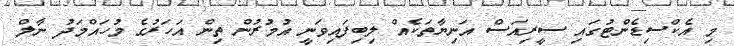
މި އެކްސިޑެންޓުގައި ސީރިއަސް އަނިޔާތަކެއް ލިބިފައިވަނީ އުމުރުން ތިން އަހަރުގެ މުހައްމަދު ނާލް